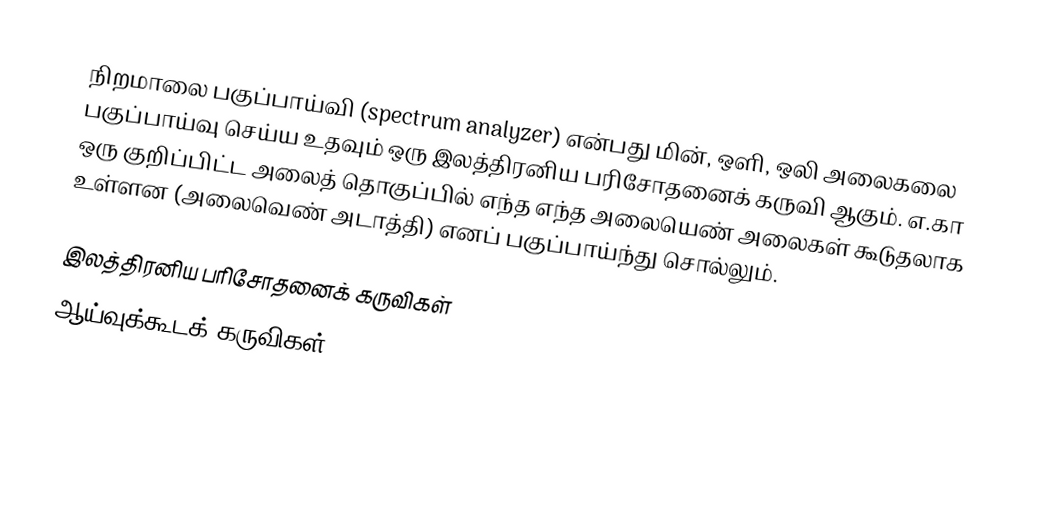
நிறமாலை பகுப்பாய்வி (spectrum analyzer) என்பது மின், ஒளி, ஒலி அலைகலை பகுப்பாய்வு செய்ய உதவும் ஒரு இலத்திரனிய பரிசோதனைக் கருவி ஆகும்.  எ.கா ஒரு குறிப்பிட்ட அலைத் தொகுப்பில் எந்த எந்த அலையெண் அலைகள் கூடுதலாக உள்ளன (அலைவெண் அடாத்தி) எனப் பகுப்பாய்ந்து சொல்லும்.

இலத்திரனிய பரிசோதனைக் கருவிகள்
ஆய்வுக்கூடக் கருவிகள்